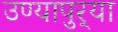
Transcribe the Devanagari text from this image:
उण्यापुर्‍या